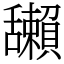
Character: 𦧺